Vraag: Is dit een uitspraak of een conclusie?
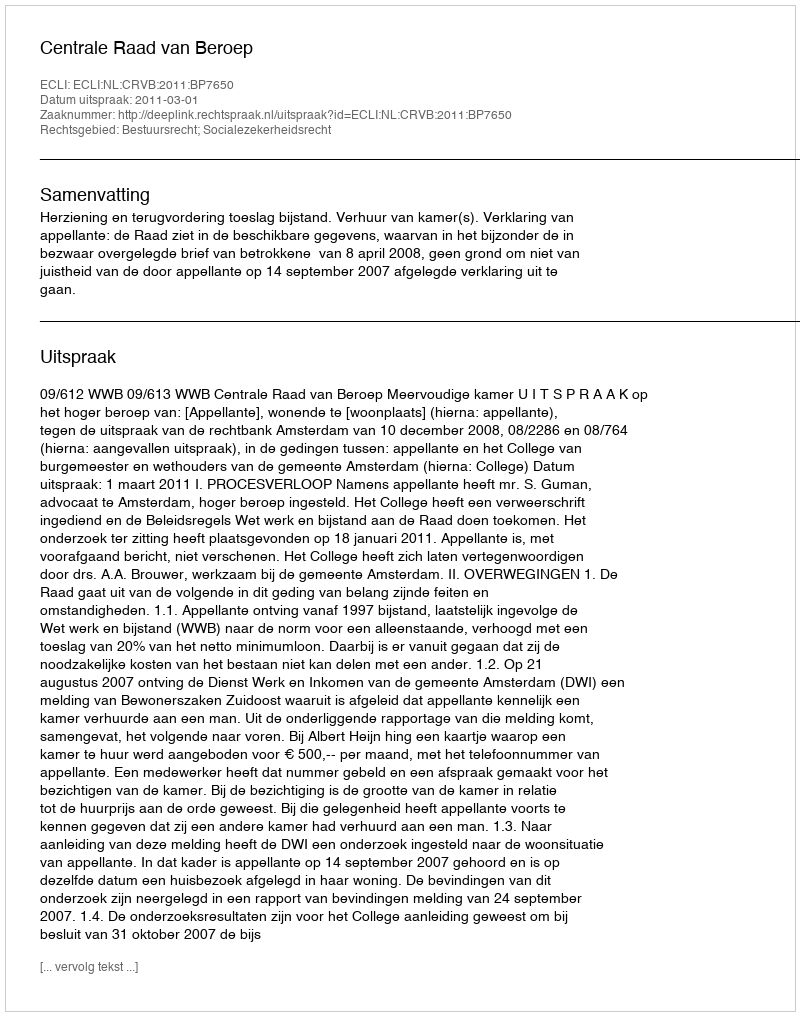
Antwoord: Uitspraak